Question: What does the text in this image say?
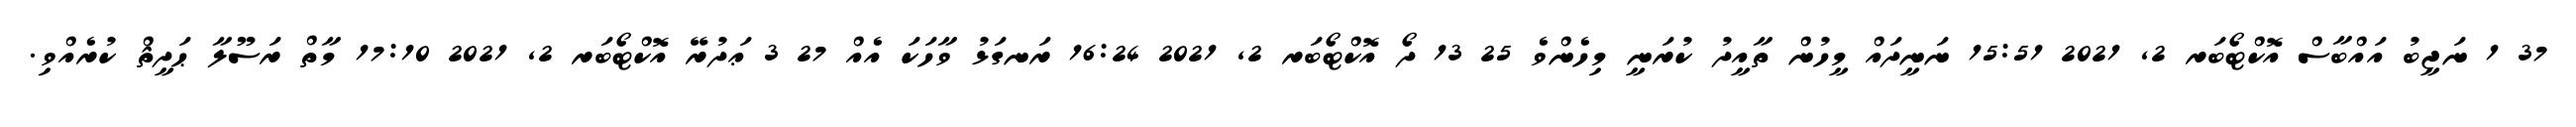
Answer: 37 1 ނަޖީބު އައްބާސް އޮކްޓޯބަރ 2, 2021 15:51 ނަނީދައް މީހުން ތާއީދު ކުރަނީ މިހެންވެ 25 13 ދޯ އޮކްޓޯބަރ 2, 2021 16:24 ރަނގަޅު ވާހަކަ އެއް 27 3 ޢަދުރޭ އޮކްޓޯބަރ 2, 2021 17:10 މާތް ރަސޫލާ ޙަދީޘް ކުރެއްވި.